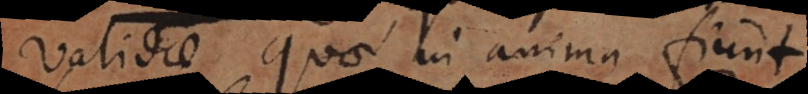
validae, quae in anima fiunt